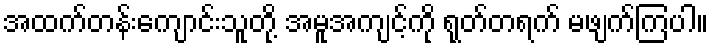
အထက်တန်းကျောင်းသူတို့ အမူအကျင့်ကို ရုတ်တရက် မဖျက်ကြပါ။